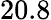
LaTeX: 20.8